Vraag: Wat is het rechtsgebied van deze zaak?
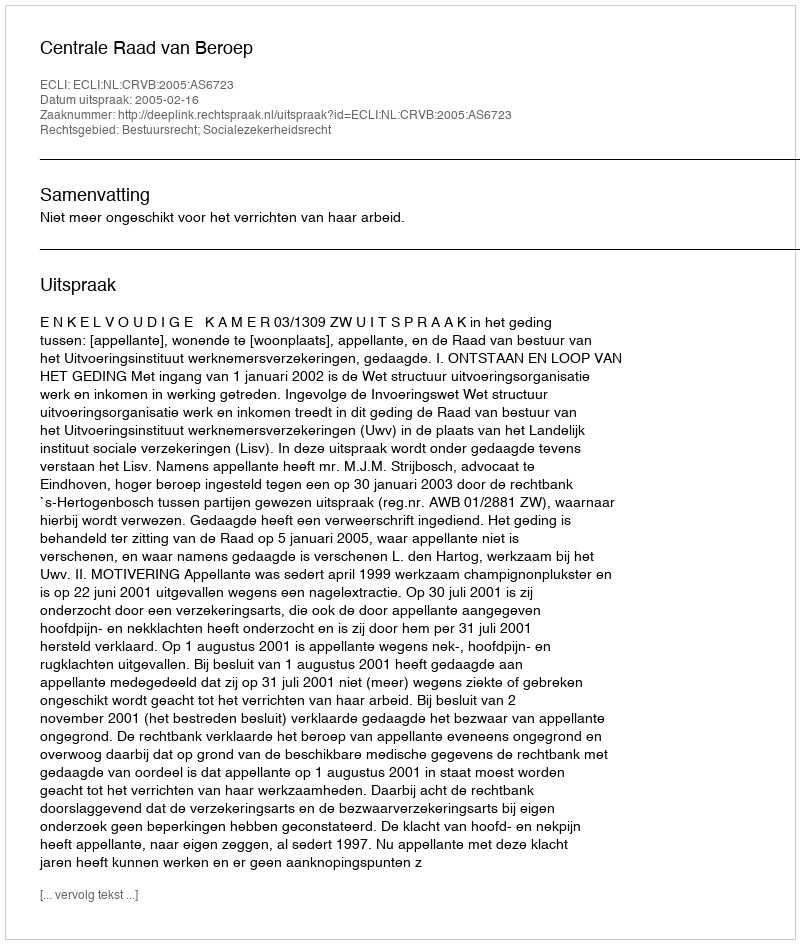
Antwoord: Bestuursrecht; Socialezekerheidsrecht